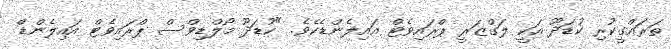
ތަރައްގީކުރި ކުޑަދޫ އަކީ ލަގްޒަރީ ޕްރައިވެޓް އައިލެންޑެކެވެ. "ކުޑަދޫ މޯލްޑިވްސް ޕްރައިވެޓް އައިލެންޑް